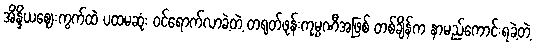
အိန္ဒိယဈေးကွက်ထဲ ပထမဆုံး ဝင်ရောက်လာခဲ့တဲ့ တရုတ်ဖုန်းကုမ္ပဏီအဖြစ် တစ်ချိန်က နာမည်ကောင်းရခဲ့တဲ့